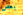
بعض